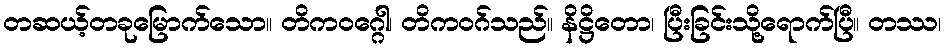
တဆယ့်တခုမြောက်သော။ တိကဝဂ္ဂေါ၊ တိကဝဂ်သည်။ နိဋ္ဌိတော၊ ပြီးခြင်းသို့ရောက်ပြီ။ တဿ၊